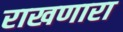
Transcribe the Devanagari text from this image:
राखणारा